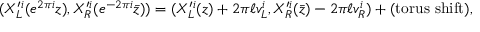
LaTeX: ( X _ { L } ^ { \prime i } ( e ^ { 2 \pi i } z ) , X _ { R } ^ { \prime i } ( e ^ { - 2 \pi i } \bar { z } ) ) = ( X _ { L } ^ { \prime i } ( z ) + 2 \pi \ell v _ { L } ^ { i } , X _ { R } ^ { \prime i } ( \bar { z } ) - 2 \pi \ell v _ { R } ^ { i } ) + ( \mathrm { t o r u s \ s h i f t } ) ,